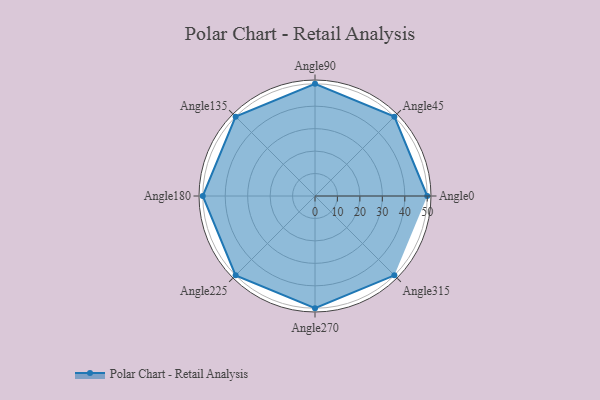
{"axis": {"x": "Angle", "y": "Radius"}, "legend": [""], "data": [{"x": "Angle0", "y": 50, "type": ""}, {"x": "Angle45", "y": 50, "type": ""}, {"x": "Angle90", "y": 50, "type": ""}, {"x": "Angle135", "y": 50, "type": ""}, {"x": "Angle180", "y": 50, "type": ""}, {"x": "Angle225", "y": 50, "type": ""}, {"x": "Angle270", "y": 50, "type": ""}, {"x": "Angle315", "y": 50, "type": ""}]}